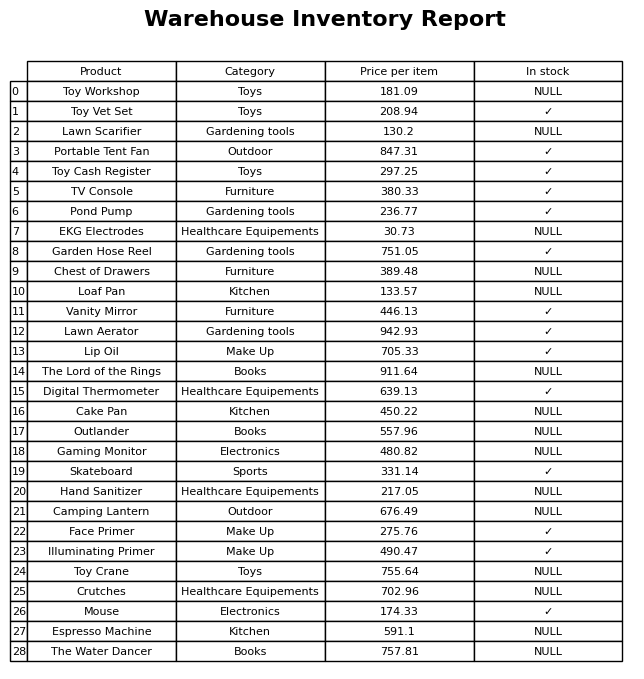
question: What is the price for Digital Thermometer?
answer: The price of Digital Thermometer is 639.13.